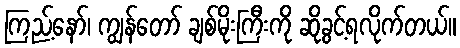
ကြည့်နော်၊ ကျွန်တော် ချစ်မိုးကြီးကို ဆိုခွင့်ရလိုက်တယ်။